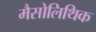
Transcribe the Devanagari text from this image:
मैसोलिथिक